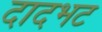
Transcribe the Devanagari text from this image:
दादभट